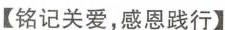
【铭记关爱，感恩践行】